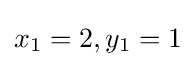
x_{1}=2,y_{1}=1